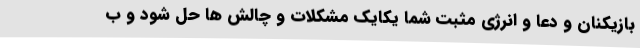
بازیکنان و دعا و انرژی مثبت شما یکایک مشکلات و چالش ها حل شود و ب